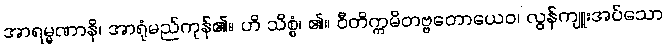
အာရမ္မဏာနိ၊ အာရုံမည်ကုန်၏။ ဟိ သိစ္စံ၊ ၏။ ဝီတိက္ကမိတဗ္ဗတောယေဝ၊ လွန်ကျူးအပ်သော